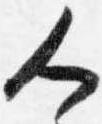
人